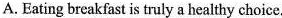
A. Eating breakfast is truly a healthy choice.